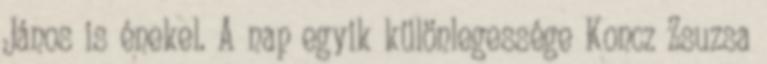
János is énekel. A nap egyik különlegessége Koncz Zsuzsa